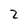
Character: 2